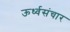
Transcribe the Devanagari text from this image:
ऊर्ध्वसंचार